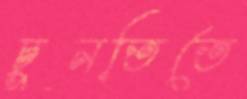
চুনতিতে